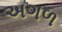
અગળ